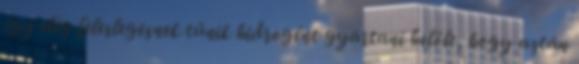
így elég feleslegesnek tűnik hidrogént gyártani belőle, hogy aztán